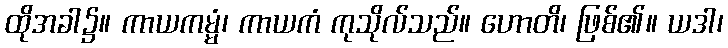
ထိုအခါ၌။ ကာယကမ္မံ၊ ကာယကံ ကုသိုလ်သည်။ ဟောတိ၊ ဖြစ်၏။ ယဒါ၊